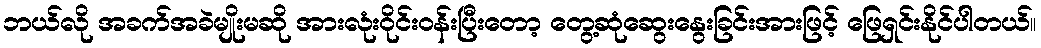
ဘယ်လို အခက်အခဲမျိုးမဆို အားလုံးဝိုင်းဝန်းပြီးတော့ တွေ့ဆုံဆွေးနွေးခြင်းအားဖြင့် ဖြေရှင်းနိုင်ပါတယ်။